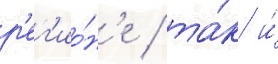
р'ег'ио́н'е / та́к и́